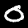
Label: 0